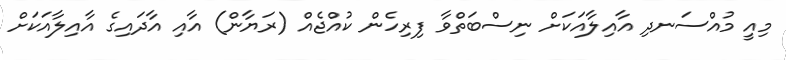
މިއީ މުއްސަނދި އާއިލާއަކަށް ނިސްބަތްވާ ފިރިހެން ކުއްޖެއް (ރަޔާން) އާއި އާދައިގެ އާއިލާއަކަށް